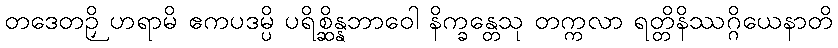
တဒေတဉှိ ဟရာမိ ဧကပဒမ္ပိ ပရိစ္ဆိန္နဘာဝေါ နိက္ခန္တေသု တက္ကလာ ရတ္တိနိဿဂ္ဂိယေနာတိ